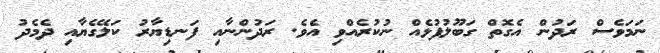
ނަމަވެސް ރަދުން އެގޮތް ގަބޫލުފުޅެއް ނުކުރެއްވި އެވެ. ރަދުންނާއި ފަނޑިޔާރު ކަލޭގެޔާއި ދެމެދު